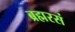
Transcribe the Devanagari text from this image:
ब्रह्मरसं